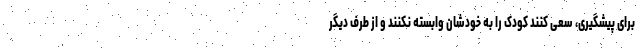
برای پیشگیری، سعی کنند کودک را به خودشان وابسته نکنند و از طرف دیگر